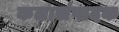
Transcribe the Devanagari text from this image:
कलासंपादक